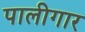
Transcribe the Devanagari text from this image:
पालीगार